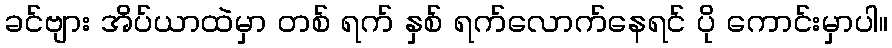
ခင်ဗျား အိပ်ယာထဲမှာ တစ် ရက် နှစ် ရက်လောက်နေရင် ပို ကောင်းမှာပါ။